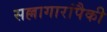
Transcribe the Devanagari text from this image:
सल्लागारांपैकी